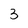
Character: 3